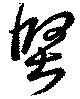
堅